Problem: 5 × 2 = ?
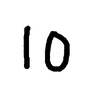
Handwritten answer: 10